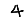
Digit: 4